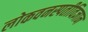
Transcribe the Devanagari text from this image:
लोकवनस्पतीविज्ञान